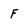
Character: f